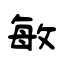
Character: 敏